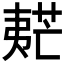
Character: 𡙧